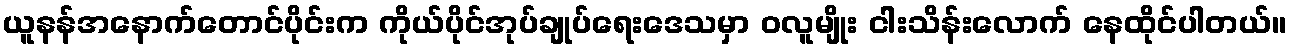
ယူနန်အနောက်တောင်ပိုင်းက ကိုယ်ပိုင်အုပ်ချုပ်ရေးဒေသမှာ ဝလူမျိုး ငါးသိန်းလောက် နေထိုင်ပါတယ်။